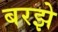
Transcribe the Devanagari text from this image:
बरझे